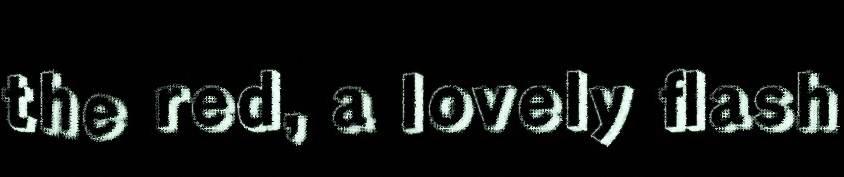
the red, a lovely flash